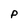
Character: P